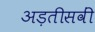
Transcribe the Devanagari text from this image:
अड़तीसवीं